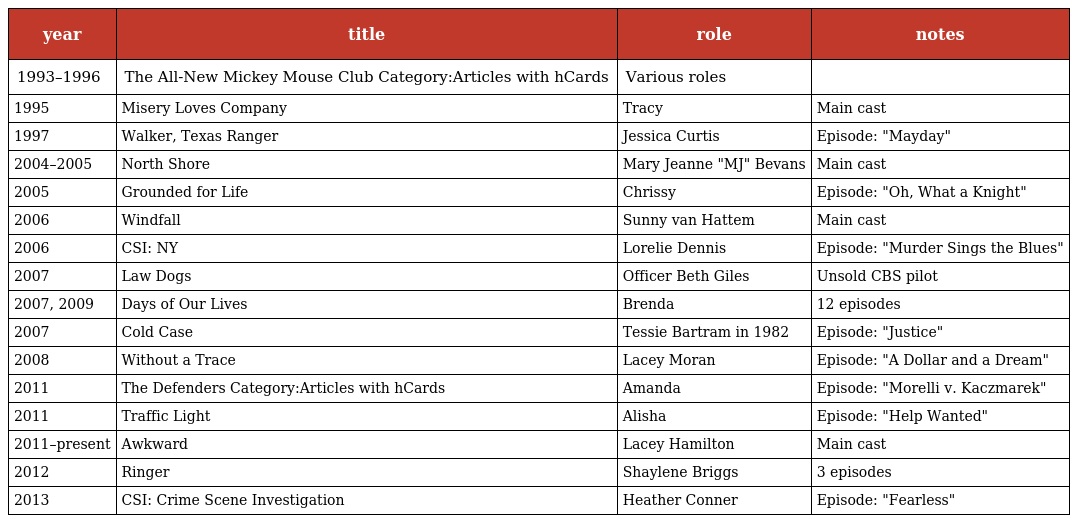
| year | title | role | notes |
 | --- | --- | --- | --- |
 | 1993–1996 | The All-New Mickey Mouse Club Category:Articles with hCards | Various roles |  |
 | 1995 | Misery Loves Company | Tracy | Main cast |
 | 1997 | Walker, Texas Ranger | Jessica Curtis | Episode: "Mayday" |
 | 2004–2005 | North Shore | Mary Jeanne "MJ" Bevans | Main cast |
 | 2005 | Grounded for Life | Chrissy | Episode: "Oh, What a Knight" |
 | 2006 | Windfall | Sunny van Hattem | Main cast |
 | 2006 | CSI: NY | Lorelie Dennis | Episode: "Murder Sings the Blues" |
 | 2007 | Law Dogs | Officer Beth Giles | Unsold CBS pilot |
 | 2007, 2009 | Days of Our Lives | Brenda | 12 episodes |
 | 2007 | Cold Case | Tessie Bartram in 1982 | Episode: "Justice" |
 | 2008 | Without a Trace | Lacey Moran | Episode: "A Dollar and a Dream" |
 | 2011 | The Defenders Category:Articles with hCards | Amanda | Episode: "Morelli v. Kaczmarek" |
 | 2011 | Traffic Light | Alisha | Episode: "Help Wanted" |
 | 2011–present | Awkward | Lacey Hamilton | Main cast |
 | 2012 | Ringer | Shaylene Briggs | 3 episodes |
 | 2013 | CSI: Crime Scene Investigation | Heather Conner | Episode: "Fearless" |